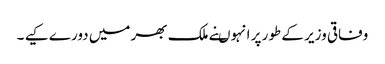
وفاقی وزیر کے طور پر انہوںنے ملک بھر میں دورے کیے ۔